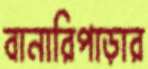
বানারিপাড়ার